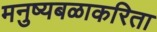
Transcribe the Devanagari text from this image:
मनुष्यबळाकरिता